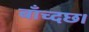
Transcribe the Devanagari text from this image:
बाँच्दछ।